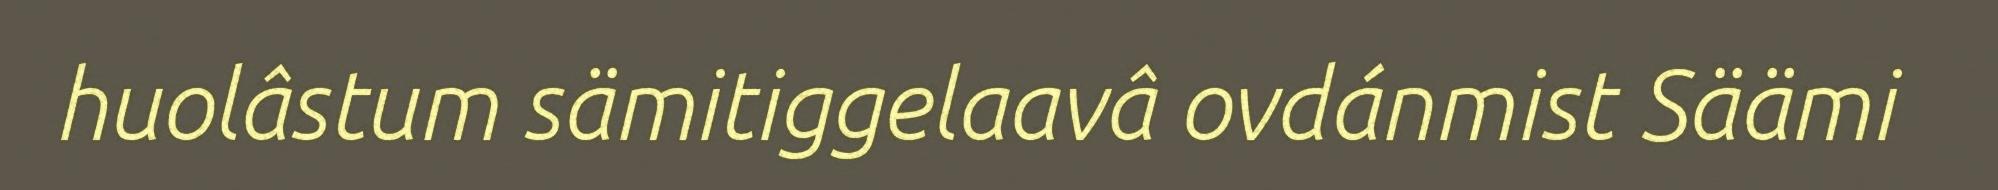
huolâstum sämitiggelaavâ ovdánmist Säämi